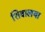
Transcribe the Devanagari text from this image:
शिवालया